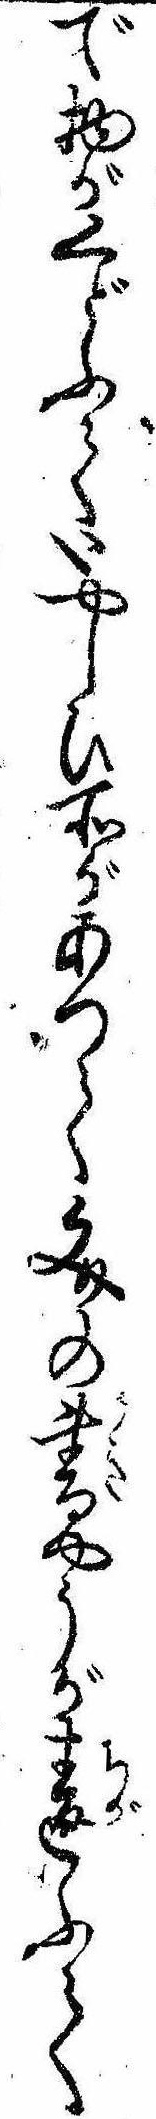
で物がくどふていやしひ所があつて文の書やうが違ふて